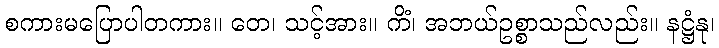
စကားမပြောပါတကား။ တေ၊ သင့်အား။ ကိံ၊ အဘယ်ဥစ္စာသည်လည်း။ နဋ္ဌံနု၊